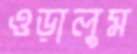
ওড়ালুম